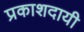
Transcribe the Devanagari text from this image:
प्रकाशदायी